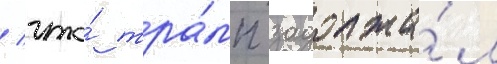
/ что́ тра́мп задолжа́л